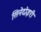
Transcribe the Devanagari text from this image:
सिनेदोइरी